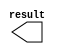
// megafunction wizard: %LPM_CONSTANT%VBB%
// GENERATION: STANDARD
// VERSION: WM1.0
// MODULE: lpm_constant 

// ============================================================
// Megafunction Name(s):
// 			lpm_constant
//
// Simulation Library Files(s):
// 			
// ============================================================
// ************************************************************
// THIS IS A WIZARD-GENERATED FILE. DO NOT EDIT THIS FILE!
//
// 7.2 Build 151 09/26/2007 SJ Full Version
// ************************************************************

//Copyright (C) 1991-2007 Altera Corporation
//Your use of Altera Corporation's design tools, logic functions 
//and other software and tools, and its AMPP partner logic 
//functions, and any output files from any of the foregoing 
//(including device programming or simulation files), and any 
//associated documentation or information are expressly subject 
//to the terms and conditions of the Altera Program License 
//Subscription Agreement, Altera MegaCore Function License 
//Agreement, or other applicable license agreement, including, 
//without limitation, that your use is for the sole purpose of 
//programming logic devices manufactured by Altera and sold by 
//Altera or its authorized distributors.  Please refer to the 
//applicable agreement for further details.

module const4 (
	result)/* synthesis synthesis_clearbox = 1 */;

	output	[31:0]  result;

endmodule

// ============================================================
// CNX file retrieval info
// ============================================================
// Retrieval info: PRIVATE: INTENDED_DEVICE_FAMILY STRING "Cyclone III"
// Retrieval info: PRIVATE: JTAG_ENABLED NUMERIC "0"
// Retrieval info: PRIVATE: JTAG_ID STRING "NONE"
// Retrieval info: PRIVATE: Radix NUMERIC "10"
// Retrieval info: PRIVATE: SYNTH_WRAPPER_GEN_POSTFIX STRING "0"
// Retrieval info: PRIVATE: Value NUMERIC "4"
// Retrieval info: PRIVATE: nBit NUMERIC "32"
// Retrieval info: CONSTANT: LPM_CVALUE NUMERIC "4"
// Retrieval info: CONSTANT: LPM_HINT STRING "ENABLE_RUNTIME_MOD=NO"
// Retrieval info: CONSTANT: LPM_TYPE STRING "LPM_CONSTANT"
// Retrieval info: CONSTANT: LPM_WIDTH NUMERIC "32"
// Retrieval info: USED_PORT: result 0 0 32 0 OUTPUT NODEFVAL result[31..0]
// Retrieval info: CONNECT: result 0 0 32 0 @result 0 0 32 0
// Retrieval info: LIBRARY: lpm lpm.lpm_components.all
// Retrieval info: GEN_FILE: TYPE_NORMAL const4.v TRUE
// Retrieval info: GEN_FILE: TYPE_NORMAL const4.inc FALSE
// Retrieval info: GEN_FILE: TYPE_NORMAL const4.cmp FALSE
// Retrieval info: GEN_FILE: TYPE_NORMAL const4.bsf TRUE
// Retrieval info: GEN_FILE: TYPE_NORMAL const4_inst.v TRUE
// Retrieval info: GEN_FILE: TYPE_NORMAL const4_bb.v TRUE